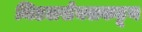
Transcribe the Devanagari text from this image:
मिडलसेक्सकडून